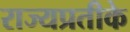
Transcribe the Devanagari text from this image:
राज्यप्रतीके